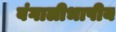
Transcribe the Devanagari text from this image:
बंगालीभाषीय